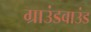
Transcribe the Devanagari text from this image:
ग्राउंडवाउंड